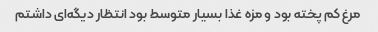
مرغ کم پخته بود و مزه غذا بسیار متوسط بود انتظار دیگه‌ای داشتم